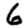
Digit: 6